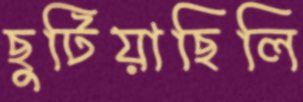
ছুটিয়াছিলি